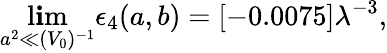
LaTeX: \operatorname*{l\mathbf{i}m}_{a^{2}\ll(V_{0})^{-1}}\epsilon_{4}(a,b)=[-0.0075]\lambda^{-3},